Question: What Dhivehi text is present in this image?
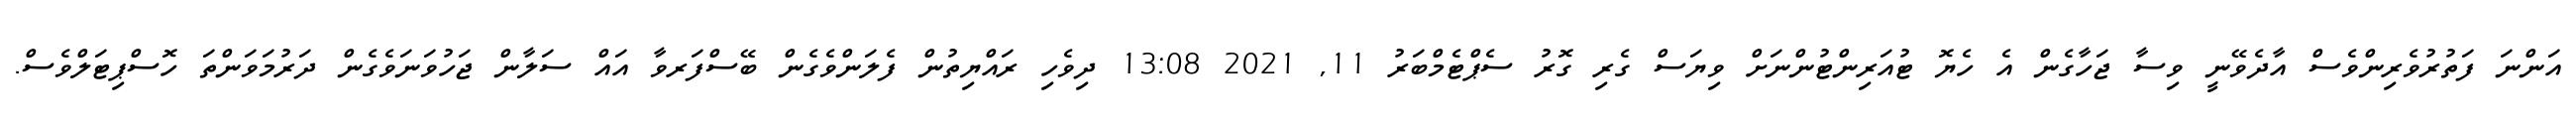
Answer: އަންނަ ފަތުރުވެރިންވެސް އާދެވޭނީ ވިސާ ޖަހާގެން އެ ހެޔޮ ޓުއަރިންޓުންނަށް ވިޔަސް ގެރި ގޮރު ސެޕްޓެމްބަރު 11, 2021 13:08 ދިވެހި ރައްޔިތުން ފެލަންވެގެން ބޭސްފަރވާ އައް ސަލާން ޖަހުވަނަވެގެން ދަރުމަވަންތަ ހޮސްޕިޓަލްވެސް.